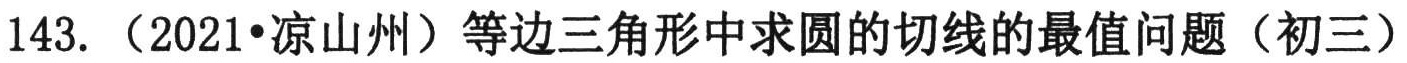
143. （2021•凉山州）等边三角形中求圆的切线的最值问题（初三）